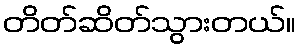
တိတ်ဆိတ်သွားတယ်။